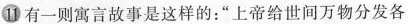
⑪有一则寓言故事是这样的：”上帝给世间万物分发各